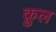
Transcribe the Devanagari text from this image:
क़ुल